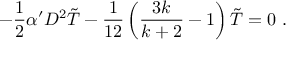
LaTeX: - \frac { 1 } { 2 } \alpha ^ { \prime } D ^ { 2 } \tilde { T } - \frac { 1 } { 1 2 } \left( \frac { 3 k } { k + 2 } - 1 \right) \tilde { T } = 0 ~ .